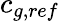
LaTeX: c_{g,ref}